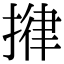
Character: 𢯰